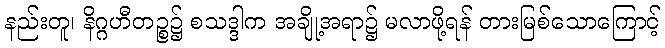
နည်းတူ၊ နိဂ္ဂဟီတဉ္စ၌ စသဒ္ဒါက အချို့အရာ၌ မလာဖို့ရန် တားမြစ်သောကြောင့်